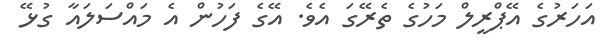
އަހަރުގެ އޭޕްރީލް މަހުގެ ތެރޭގަ އެވެ. އޭގެ ފަހުން އެ މައްސަލައާ ގުޅޭ